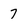
Character: 7